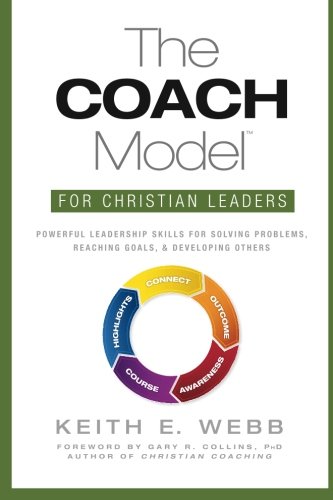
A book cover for The COACH Model for Christian Leaders: Powerful Leadership Skills for Solving Problems, Reaching Goals, and Developing Others; Keith E. Webb; Christian Books & Bibles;